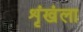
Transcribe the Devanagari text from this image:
शृंखंला